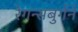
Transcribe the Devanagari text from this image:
रेगन्सबुर्गने